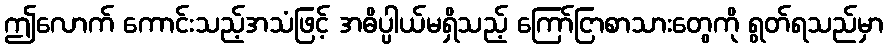
ဤလောက် ကောင်းသည့်အသံဖြင့် အဓိပ္ပါယ်မရှိသည့် ကြော်ငြာစာသားတွေကို ရွတ်ရသည်မှာ